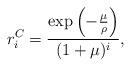
LaTeX: \begin{align*}r_i^C=\frac{\exp\left(-\frac{\mu}{\rho}\right)}{(1+\mu)^i},\end{align*}